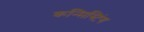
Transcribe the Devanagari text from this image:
कन्सिस्टिंग